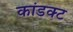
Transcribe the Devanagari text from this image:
कांडक्ट